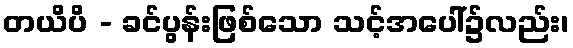
တယိပိ - ခင်ပွန်းဖြစ်သော သင့်အပေါ်၌လည်း၊